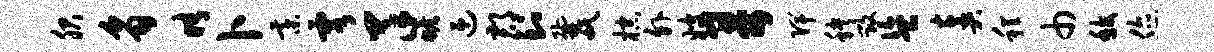
服豸晴卜綦雩羊蟾迎郡到鼐氓棕外嫂哥陴秧毁盗奏程巾馥您